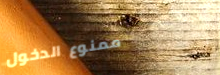
ممنوع الدخول